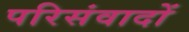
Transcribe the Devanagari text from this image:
परिसंवादों